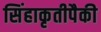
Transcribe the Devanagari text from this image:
सिंहाकृतीपैकी